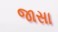
જાસા